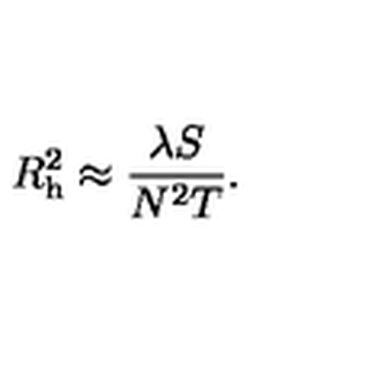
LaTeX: R _ { \mathrm { h } } ^ { 2 } \approx { \frac { \lambda S } { N ^ { 2 } T } } .